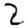
Digit: 2